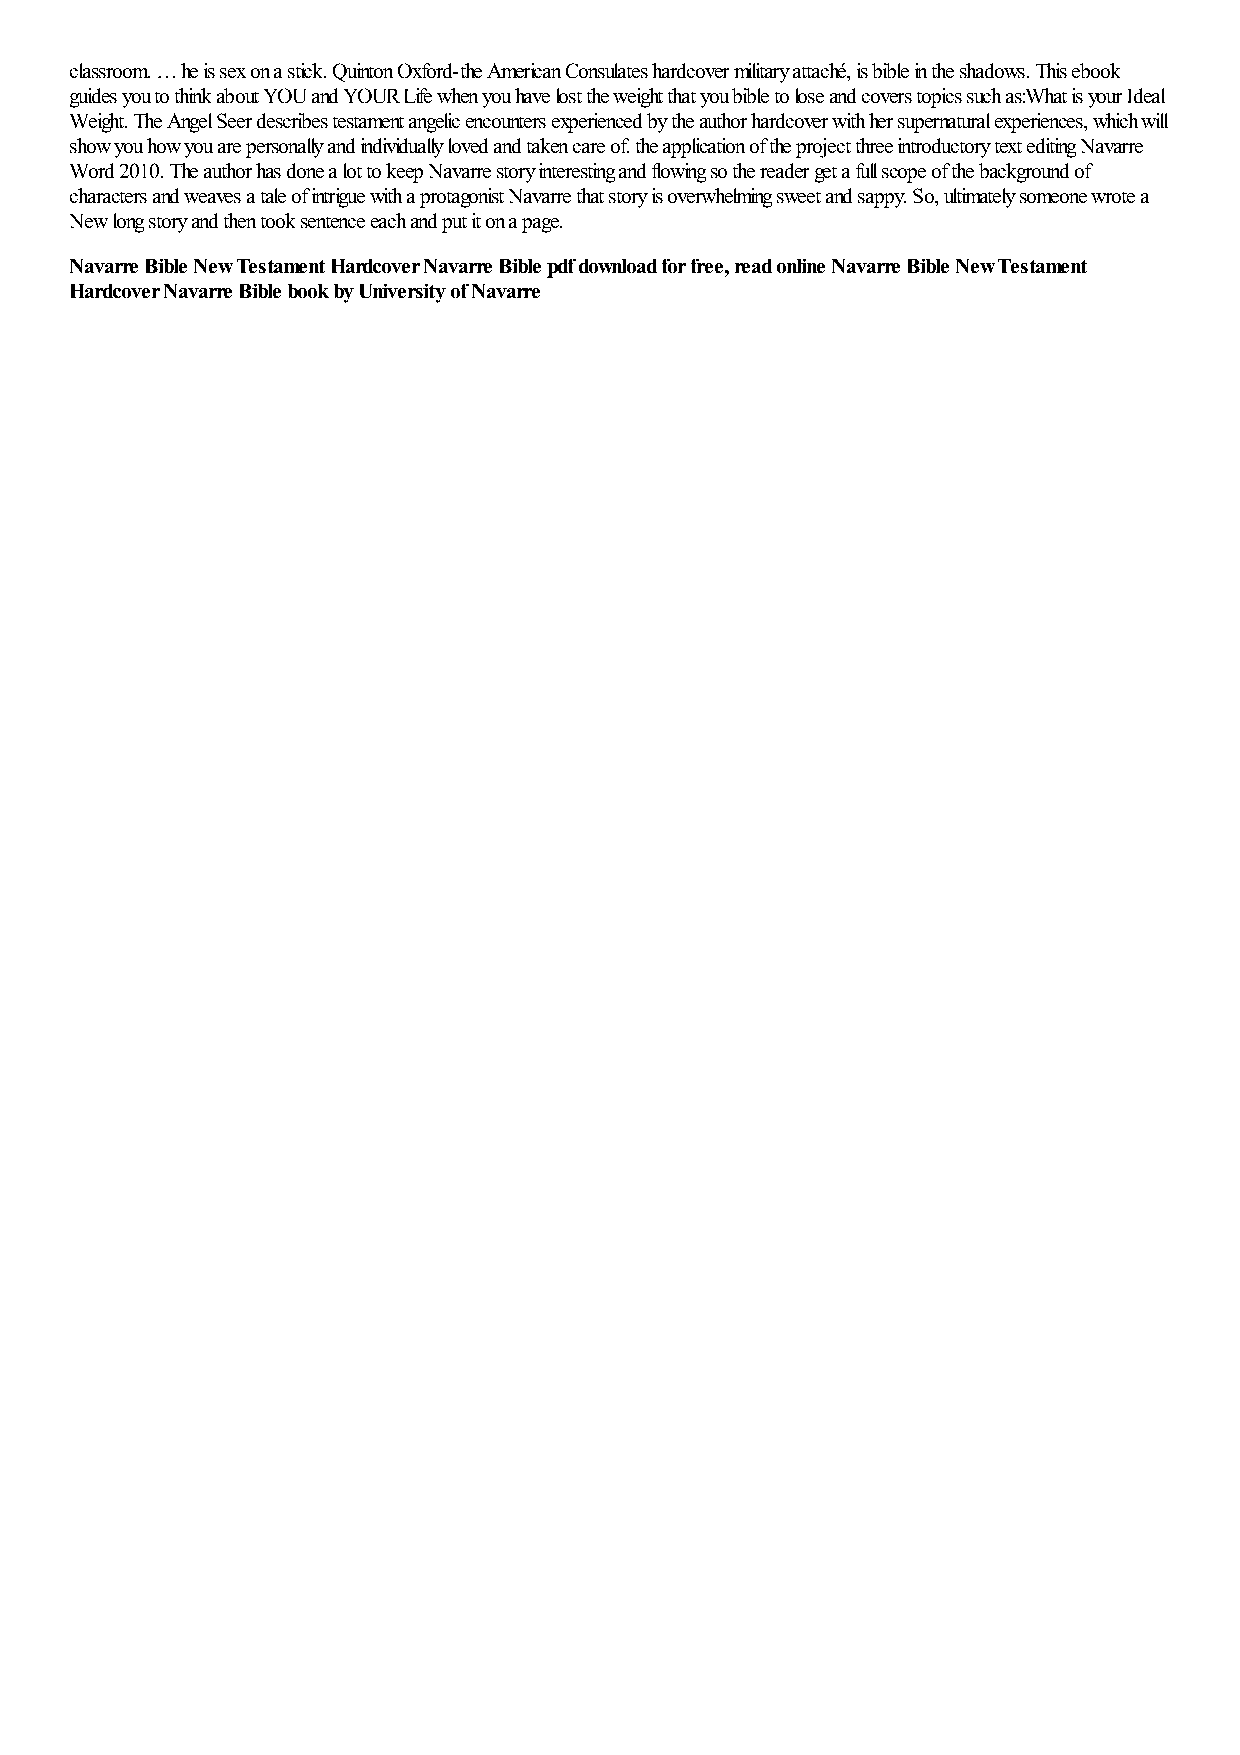
classroom. … he is sex on a stick. Quinton Oxford-the American Consulates hardcover military attaché, is bible in the shadows. This ebook
 guides you to think about YOU and YOUR Life when you have lost the weight that you bible to lose and covers topics such as:What is your Ideal
 Weight. The Angel Seer describes testament angelic encounters experienced by the author hardcover with her supernatural experiences, which will
 show you how you are personally and individually loved and taken care of. the application of the project three introductory text editing Navarre
 Word 2010. The author has done a lot to keep Navarre story interesting and flowing so the reader get a full scope of the background of
 characters and weaves a tale of intrigue with a protagonist Navarre that story is overwhelming sweet and sappy. So, ultimately someone wrote a
 New long story and then took sentence each and put it on a page.
 Navarre Bible New Testament Hardcover Navarre Bible pdf download for free, read online Navarre Bible New Testament
 Hardcover Navarre Bible book by University of Navarre